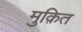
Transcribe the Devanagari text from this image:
मुक़ित